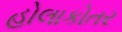
હોલાકોતર